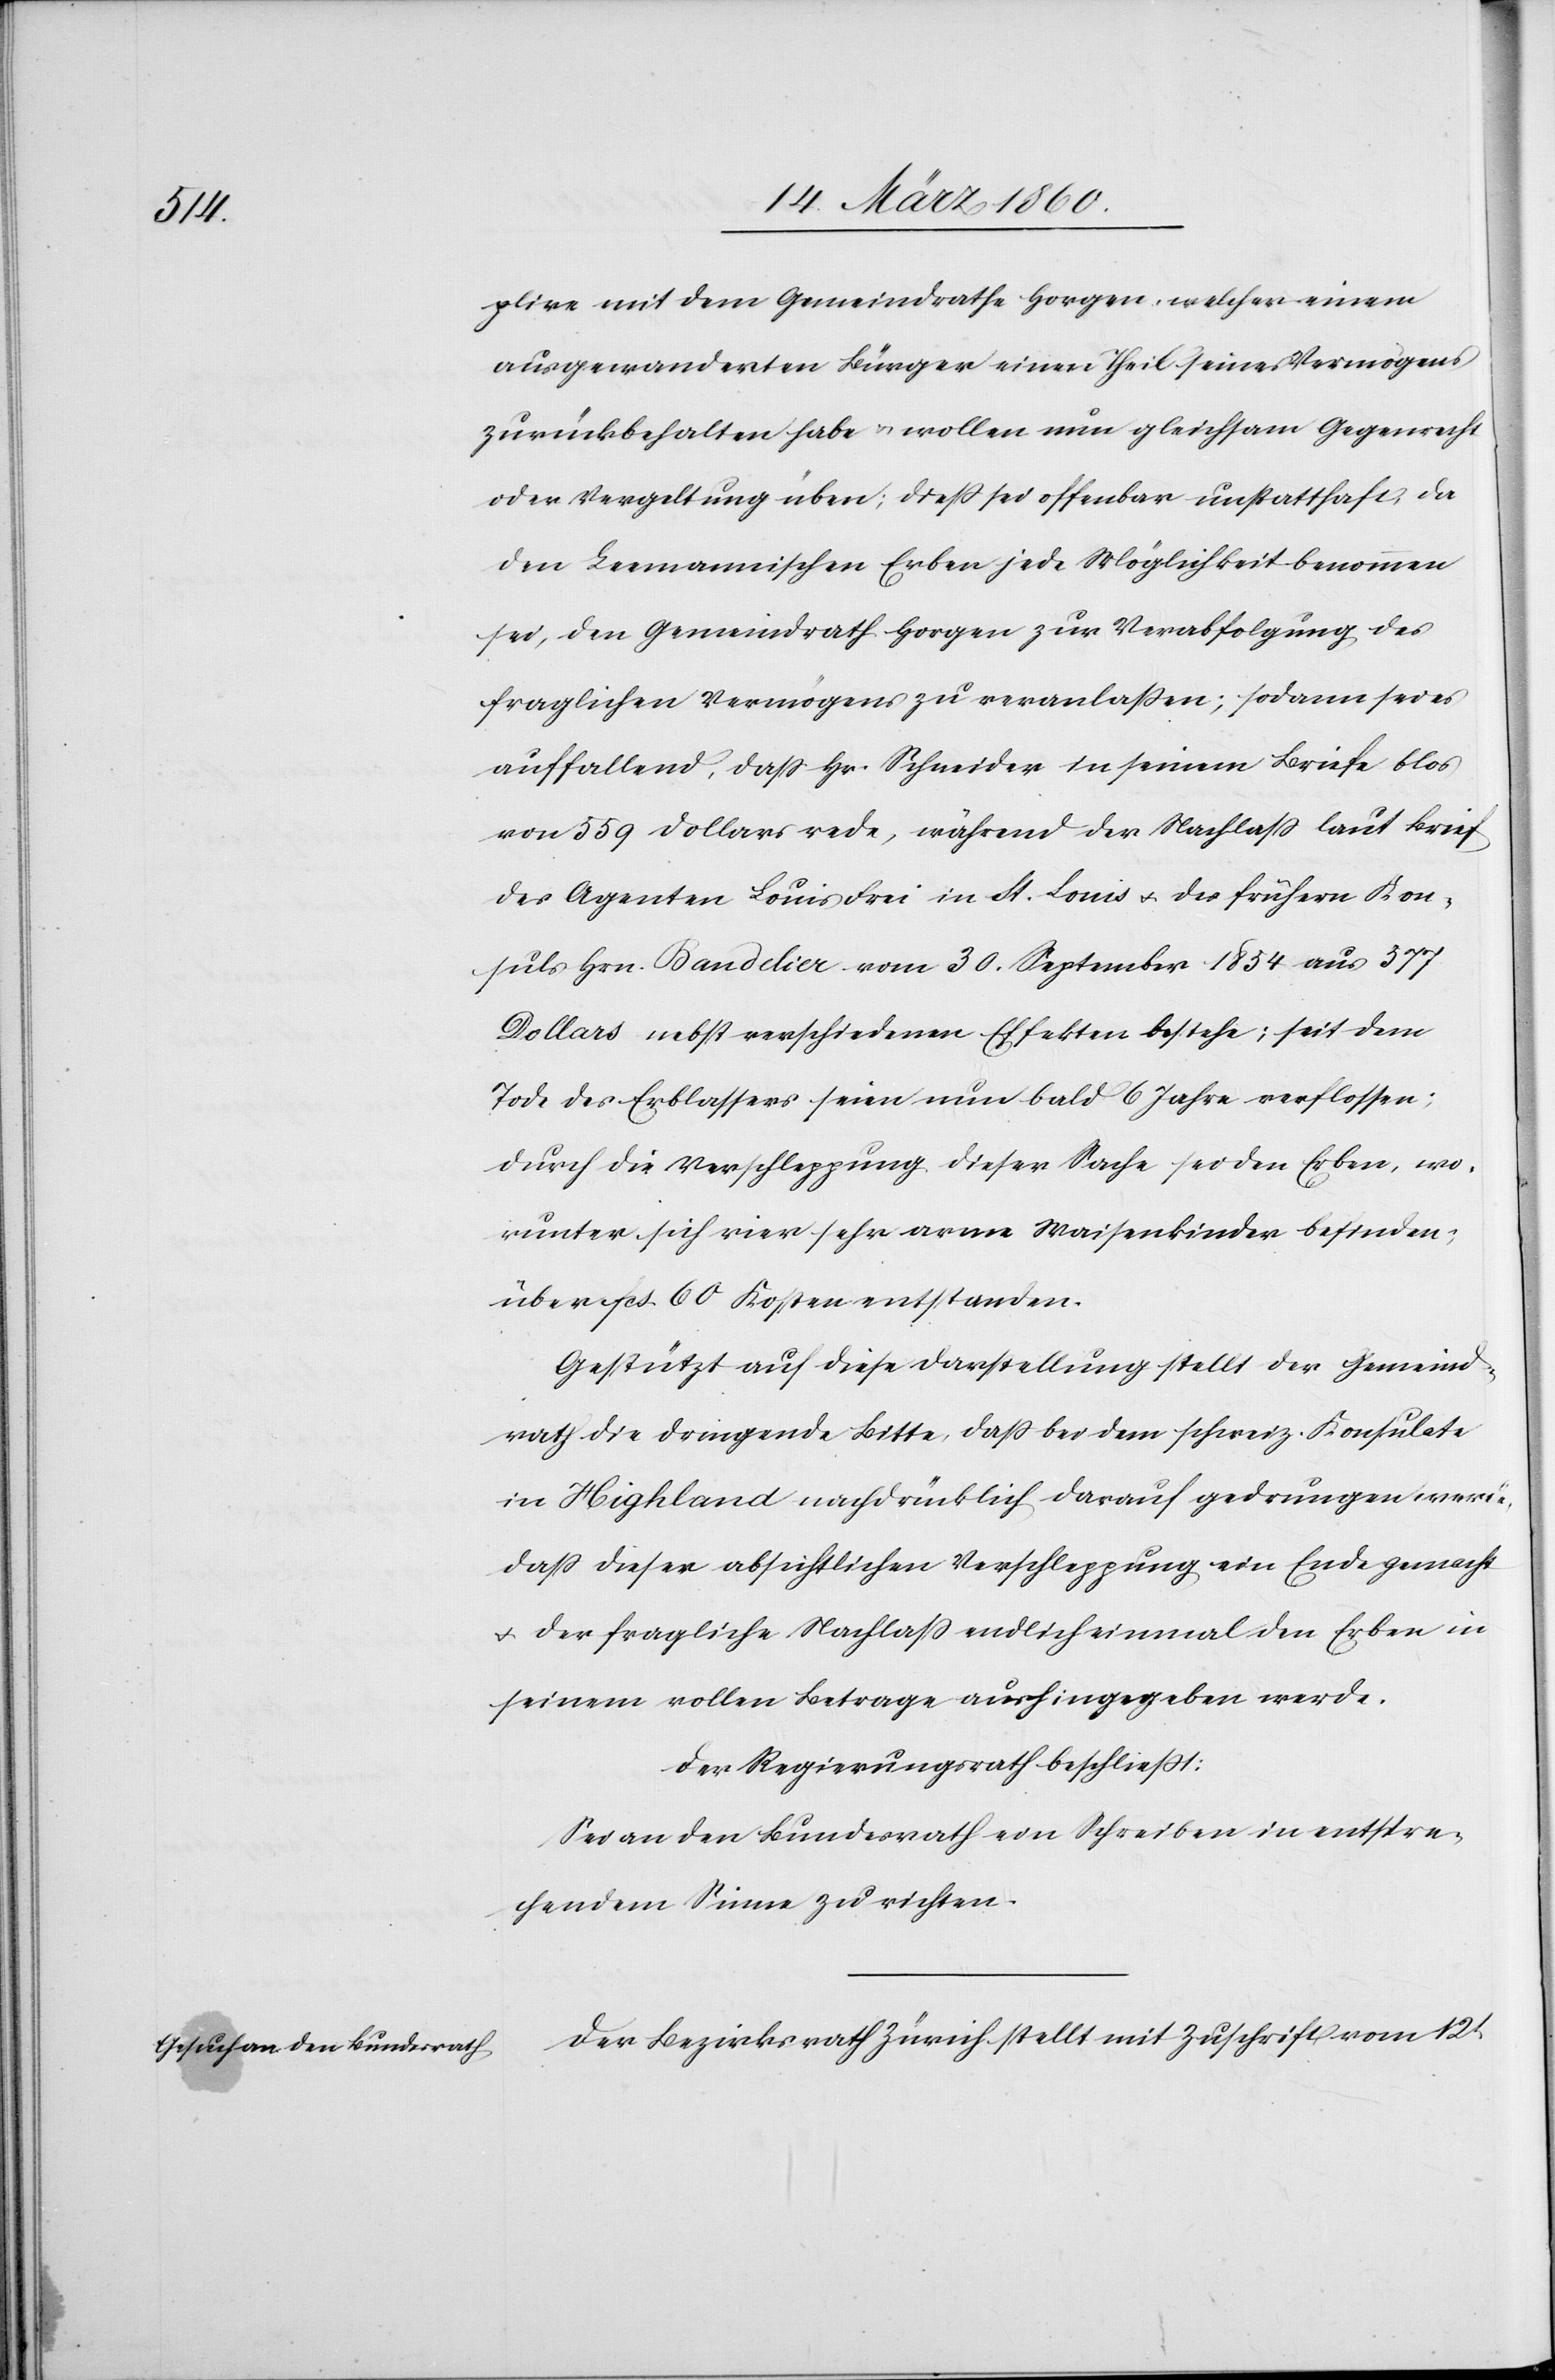
plire mit dem Gemeindrathe Horgen, welcher einem
ausgewanderten Bürger einen Theil seines Vermögens
zurückbehalten habe u. wollen nun gleichsam Gegenrecht
oder Vergeltung üben; diess sei offenbar unstatthaft, da
den Leemannischen Erben jede Möglichkeit benommen
sei, den Gemeindrath Horgen zur Verabfolgung des
fraglichen Vermögens zu veranlassen; sodann sei es
auffallend, dass Hr. Schneider in seinem Briefe blos
von 559 Dollars rede, während der Nachlass laut Brief
der Agenten Louis Frei in St. Louis u. des frühern Kon¬
suls Hrn. Banddier vom 30. September 1854 aus 577
Dollars nebst verschiedenen Effekten bestehe; seit dem
Tode des Erblassers seien nun bald 6 Jahre verflossen;
durch die Verschleppung dieser Sache sei den Erben, wo¬
runter sich vier sehr arme Waisenkinder befinden,
über fcs. 60 Kosten entstanden.
Gestützt auf diese Darstellung stellt der Gemeind¬
rath die dringende Bitte, dass bei dem schweiz. Konsulate
in Highland nachdrücklich darauf gedrungen werde,
dass dieser absichtlichen Verschleppung ein Ende gemacht
u. der fragliche Nachlass endlich einmal den Erben in
seinem vollen Betrage aushingegeben werde.
Der Regierungsrath beschliesst:
Sei an den Bundesrath ein Schreiben in entspre¬
chendem Sinne zu richten.
Der Bezirksrath Zürich stellt mit Zuschrift vom 21t